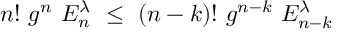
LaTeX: n ! ~ g ^ { n } ~ E _ { n } ^ { \lambda } ~ \le ~ ( n - k ) ! ~ g ^ { n - k } ~ E _ { n - k } ^ { \lambda } ~